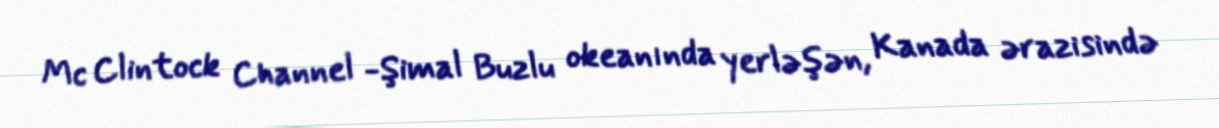
Mc Clintock Channel -Şimal Buzlu okeanında yerləşən, Kanada ərazisində